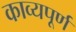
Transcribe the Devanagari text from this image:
काव्यपूर्ण